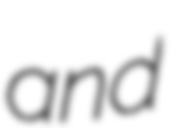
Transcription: and